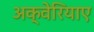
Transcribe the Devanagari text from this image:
अक्वेरियाए